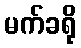
မက်ခရို